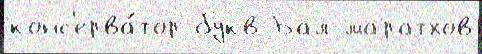
конс'ерва́тор букв Бал маратхов